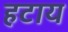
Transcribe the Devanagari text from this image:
हटाय